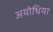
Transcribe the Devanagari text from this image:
अयोधिया